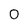
Character: 0